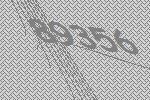
89356